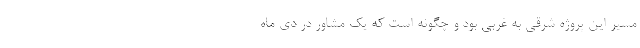
مسیر این پروژه شرقی به غربی بود و چگونه است که یک مشاور در دی ماه